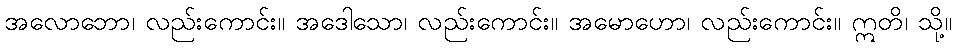
အလောဘော၊ လည်းကောင်း။ အဒေါသော၊ လည်းကောင်း။ အမောဟော၊ လည်းကောင်း။ ဣတိ၊ သို့။